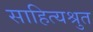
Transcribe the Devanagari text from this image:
साहित्यश्रुत